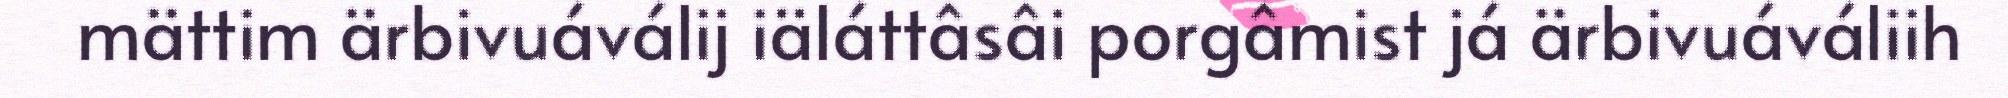
mättim ärbivuáválij iäláttâsâi porgâmist já ärbivuáváliih